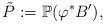
LaTeX: \begin{align*}\tilde P:=\mathbb P(\varphi^\ast B'),\end{align*}